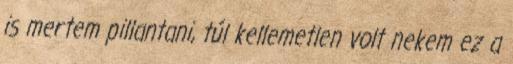
is mertem pillantani, túl kellemetlen volt nekem ez a